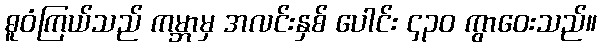
ဓူဝံကြယ်သည် ကမ္ဘာမှ အလင်းနှစ် ပေါင်း ၄၃၀ ကွာဝေးသည်။